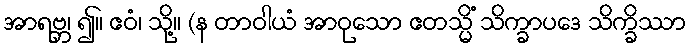
အာရဗ္ဘ၊ ၍။ ဧဝံ၊ သို့။ (န တာဝါယံ အာဝုသော ဧတသ္မိံ သိက္ခာပဒေ သိက္ခိဿာ